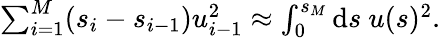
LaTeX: \begin{array}{r}{\sum_{i=1}^{M}(s_{i}-s_{i-1})u_{i-1}^{2}\approx\int_{0}^{s_{M}}\mathrm{d}s\ u(s)^{2}.}\end{array}